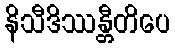
နိသီဒိဿန္တီတိပေ